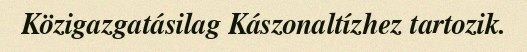
Közigazgatásilag Kászonaltízhez tartozik.